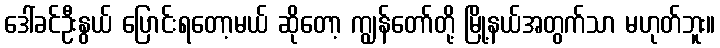
ဒေါ်ခင်ဦးနွယ် ပြောင်းရတော့မယ် ဆိုတော့ ကျွန်တော်တို့ မြို့နယ်အတွက်သာ မဟုတ်ဘူး။